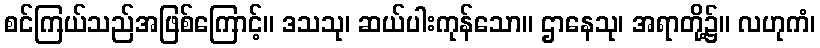
စင်ကြယ်သည်အဖြစ်ကြောင့်။ ဒသသု၊ ဆယ်ပါးကုန်သော။ ဌာနေသု၊ အရာတို့၌။ လဟုကံ၊